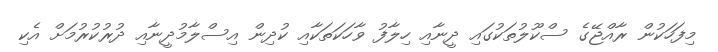
މިފަހަކުން ރާއްޖޭގެ ސްކޫލުތަކުގައި ދީނާއި ހިލާފު ވާހަކަތަކާއި ކުދިން އިސްލާމުދީނާއި ދުރުކުރުމަށް އެކި